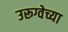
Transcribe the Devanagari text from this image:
उरूग्वेच्या